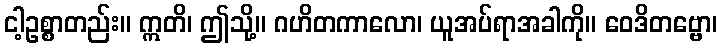
ငါ့ဥစ္စာတည်း။ ဣတိ၊ ဤသို့။ ဂဟိတကာလော၊ ယူအပ်ရာအခါကို။ ဝေဒိတဗ္ဗော၊